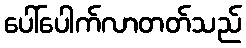
ပေါ်ပေါက်လာတတ်သည်